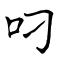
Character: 叼